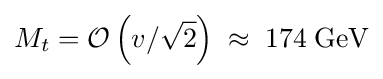
M_{t}={\mathcal {O}}\left(v/{\sqrt {2}}\right)\;\approx \;\mathrm {174\;GeV}